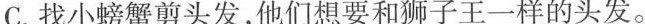
C.找小螃蟹剪头发，他们想要和狮子王一样的头发。